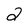
Character: 2